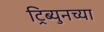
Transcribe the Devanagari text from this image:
ट्रिब्युनच्या